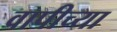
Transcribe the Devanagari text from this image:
वापीच्या